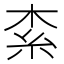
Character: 𣑇